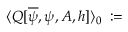
\langle Q [ \overline { { { \psi } } } , \psi , A , h ] \rangle _ { 0 } \; : =